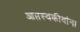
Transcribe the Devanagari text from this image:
आप्तस्वकीयांना